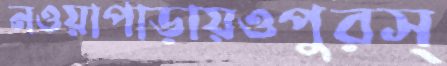
নওয়াপাড়ায়ওপুরস্